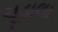
ચૂડાલા